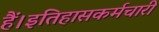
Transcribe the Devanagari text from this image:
हैं।इतिहासकर्मचारी